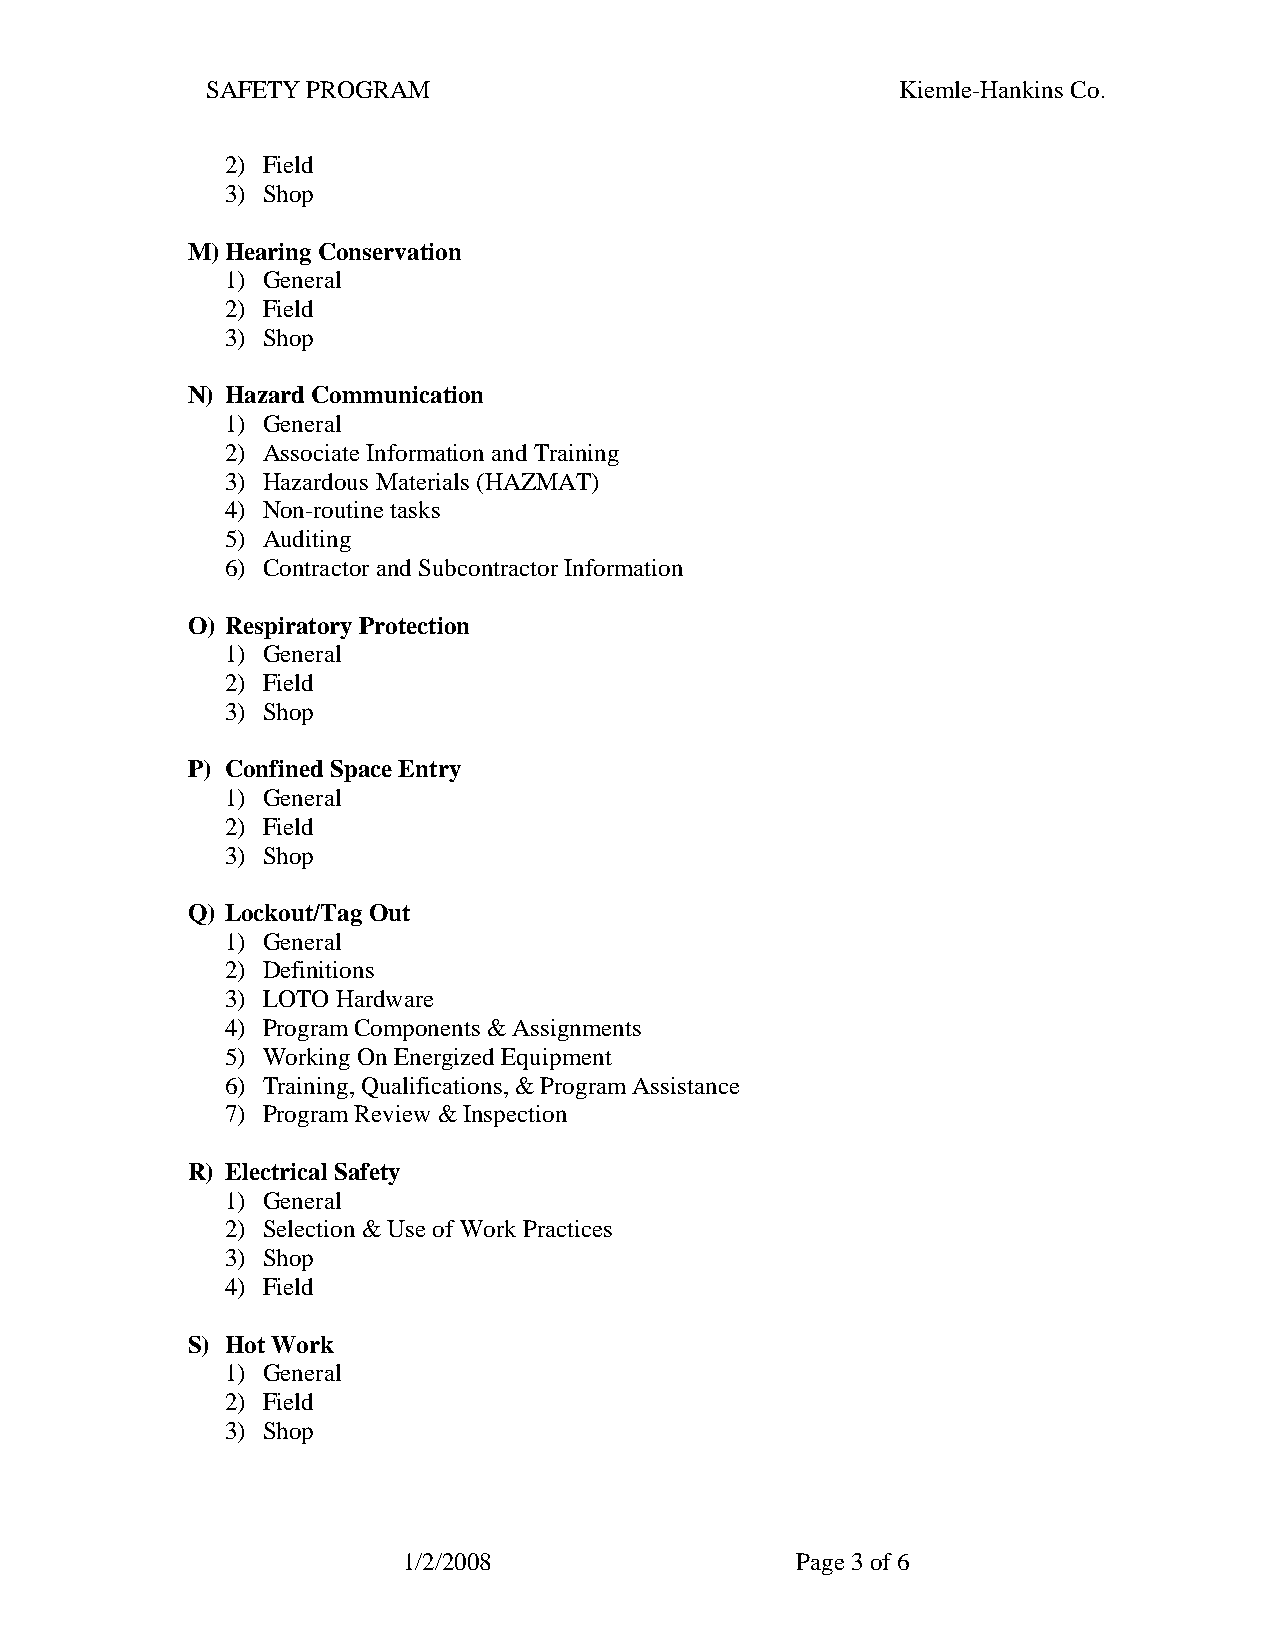
SAFETY PROGRAM                                Kiemle-Hankins Co.
 2) Field
 3) Shop
 M) Hearing Conservation
 1) General
 2) Field
 3) Shop
 N) Hazard Communication
 1) General
 2) Associate Information and Training
 3) Hazardous Materials (HAZMAT)
 4) Non-routine tasks
 5) Auditing
 6) Contractor and Subcontractor Information
 O) Respiratory Protection
 1) General
 2) Field
 3) Shop
 P) Confined Space Entry
 1) General
 2) Field
 3) Shop
 Q) Lockout/Tag Out
 1) General
 2) Definitions
 3) LOTO Hardware
 4) Program Components & Assignments
 5) Working On Energized Equipment
 6) Training, Qualifications, & Program Assistance
 7) Program Review & Inspection
 R) Electrical Safety
 1) General
 2) Selection & Use of Work Practices
 3) Shop
 4) Field
 S) Hot Work
 1) General
 2) Field
 3) Shop
 1/2/2008                  Page 3 of 6